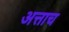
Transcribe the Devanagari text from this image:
अत्ताच